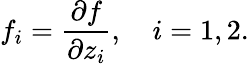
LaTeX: f_{i}={\frac{\partial f}{\partial z_{i}}},\quad i=1,2.